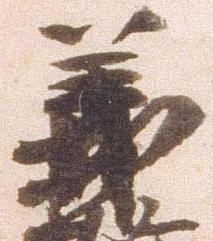
義